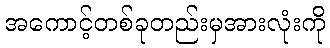
အကောင့်တစ်ခုတည်းမှအားလုံးကို